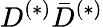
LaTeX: D^{(*)}\bar{D}^{(*)}